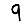
Digit: 9